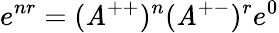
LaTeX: e^{nr}=(\mathit{A}^{++})^{n}(\mathit{A}^{+-})^{r}e^{0}